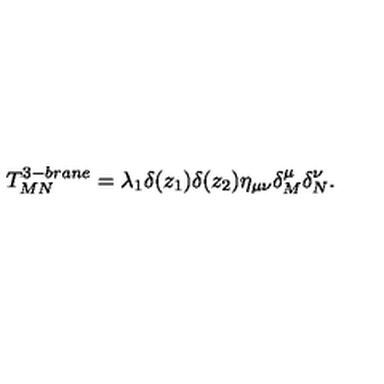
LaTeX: T _ { M N } ^ { 3 - b r a n e } = \lambda _ { 1 } \delta ( z _ { 1 } ) \delta ( z _ { 2 } ) \eta _ { \mu \nu } \delta _ { M } ^ { \mu } \delta _ { N } ^ { \nu } .